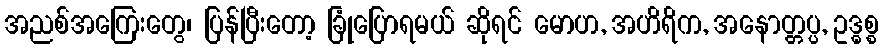
အညစ်အကြေးတွေ၊ ပြန်ပြီးတော့ ခြုံပြောရမယ် ဆိုရင် မောဟ, အဟိရိက, အနောတ္တပ္ပ, ဥဒ္ဓစ္စ